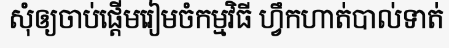
សុំឲ្យចាប់ផ្តើមរៀមចំកម្មវិធី ហ្វឹកហាត់បាល់ទាត់